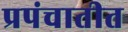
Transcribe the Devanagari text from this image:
प्रपंचातीत